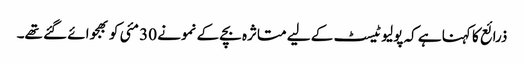
ذرائع کا کہنا ہے کہ پولیو ٹیسٹ کے لیے متاثرہ بچے کے نمونے 30 مئی کو بھجوائے گئے تھے۔